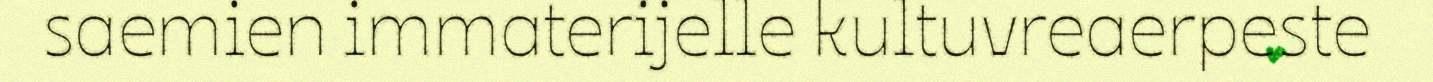
saemien immaterijelle kultuvreaerpeste